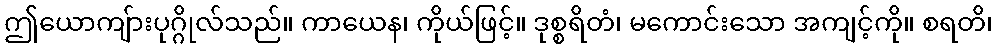
ဤယောကျ်ားပုဂ္ဂိုလ်သည်။ ကာယေန၊ ကိုယ်ဖြင့်။ ဒုစ္စရိတံ၊ မကောင်းသော အကျင့်ကို။ စရတိ၊